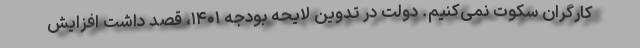
کارگران سکوت نمی‌کنیم. دولت در تدوین لایحه بودجه ۱۴۰۱، قصد داشت افزایش